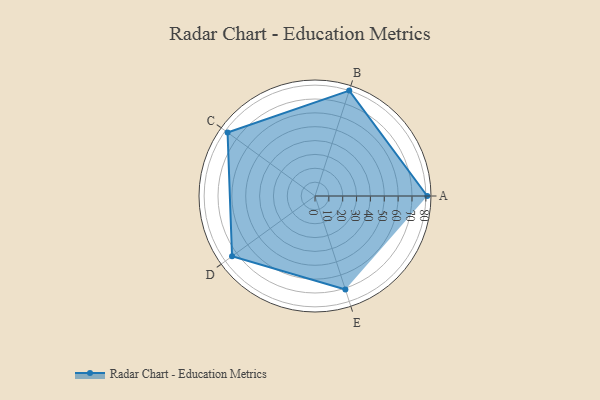
{"axis": {"x": "Skill", "y": "Score"}, "legend": ["Profile"], "data": [{"x": "A", "y": 81.0, "type": "Profile"}, {"x": "B", "y": 80.0, "type": "Profile"}, {"x": "C", "y": 78.0, "type": "Profile"}, {"x": "D", "y": 74.0, "type": "Profile"}, {"x": "E", "y": 71.0, "type": "Profile"}]}